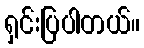
ရှင်းပြပါတယ်။